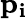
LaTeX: \mathbf{p_{i}}